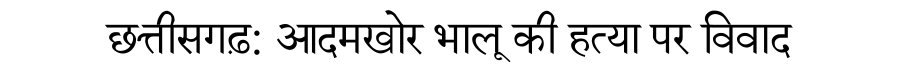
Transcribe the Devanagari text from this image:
छत्तीसगढ़: आदमखोर भालू की हत्या पर विवाद